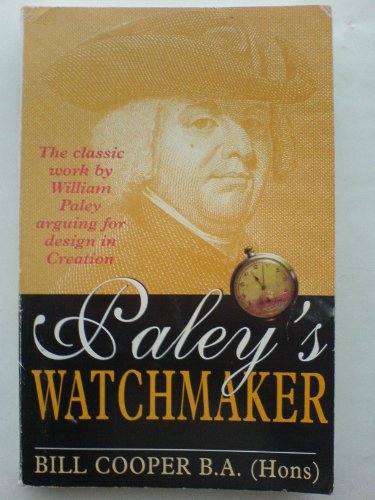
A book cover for Paley's Watchmaker; Bill Cooper; Religion & Spirituality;